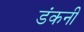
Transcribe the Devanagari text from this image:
डंकनी